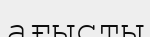
ағысты